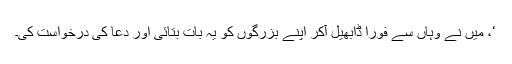
‘، میں نے وہاں سے فوراً ڈابھیل آکر اپنے بزرگوں کو یہ بات بتائی اور دعا کی درخواست کی۔